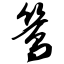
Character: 鸶